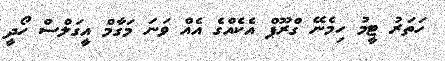
ހަތަރު ޓީމު ހިމެނޭ ގްރޫޕް އެކެއްގެ އެއް ވަނަ މަގާމް އީގަލްސް ހޯދީ